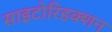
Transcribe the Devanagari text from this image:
साइटोरिडक्शन